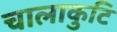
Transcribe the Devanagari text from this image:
चालाकुटि